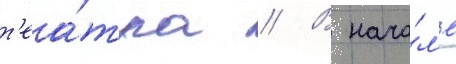
т'еа́тра // В нача́л'е